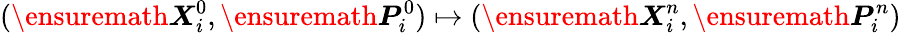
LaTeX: (\ensuremath{\boldsymbol{X}}_{i}^{0},\ensuremath{\boldsymbol{P}}_{i}^{0})\mapsto(\ensuremath{\boldsymbol{X}}_{i}^{n},\ensuremath{\boldsymbol{P}}_{i}^{n})